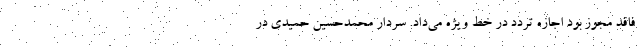
فاقد مجوز بود اجازه تردد در خط ویژه می‌داد. سردار محمدحسین حمیدی در